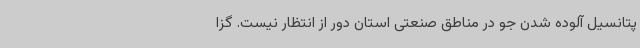
پتانسیل آلوده شدن جو در مناطق صنعتی استان دور از انتظار نیست. گزا